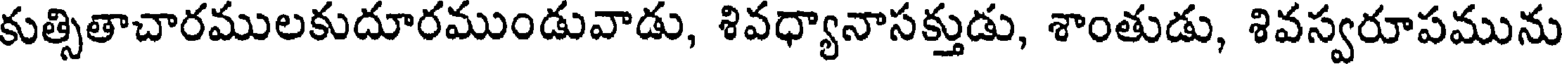
కుత్సితాచారములకుదూరముండువాడు, శివధ్యానాసక్తుడు, శాంతుడు, శివస్వరూపమును